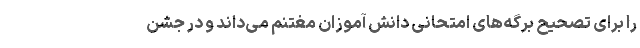
را برای تصحیح برگه‌های امتحانی دانش آموزان مغتنم می‌داند و در جشن